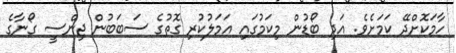
ހާމަކޮށްދޭ ކަމަށެވެ. އަދި ބޯޑުން މިކަމުގައި އަމަލުކުރި ގޮތުގެ ސަބަބުން ޖިންސީ ގޯނާގެ